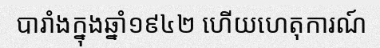
បារាំងក្នុងឆ្នាំ១៩៤២ ហើយហេតុការណ៍